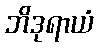
ဘိဒုရာယံ